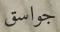
جواسق